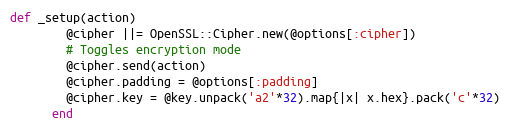
Language: Ruby
def _setup(action)
        @cipher ||= OpenSSL::Cipher.new(@options[:cipher])
        # Toggles encryption mode
        @cipher.send(action)
        @cipher.padding = @options[:padding]
        @cipher.key = @key.unpack('a2'*32).map{|x| x.hex}.pack('c'*32)
      end